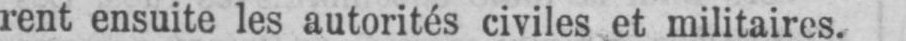
rent ensuite les autorités civiles et militaires.